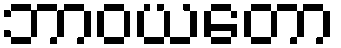
ဘာဝယတော